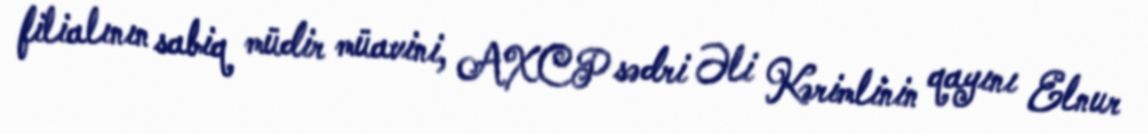
filialının sabiq müdir müavini, AXCP sədri Əli Kərimlinin qayını Elnur